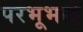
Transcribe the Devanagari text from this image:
परभूभाई